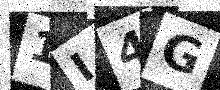
Text: 1I4G